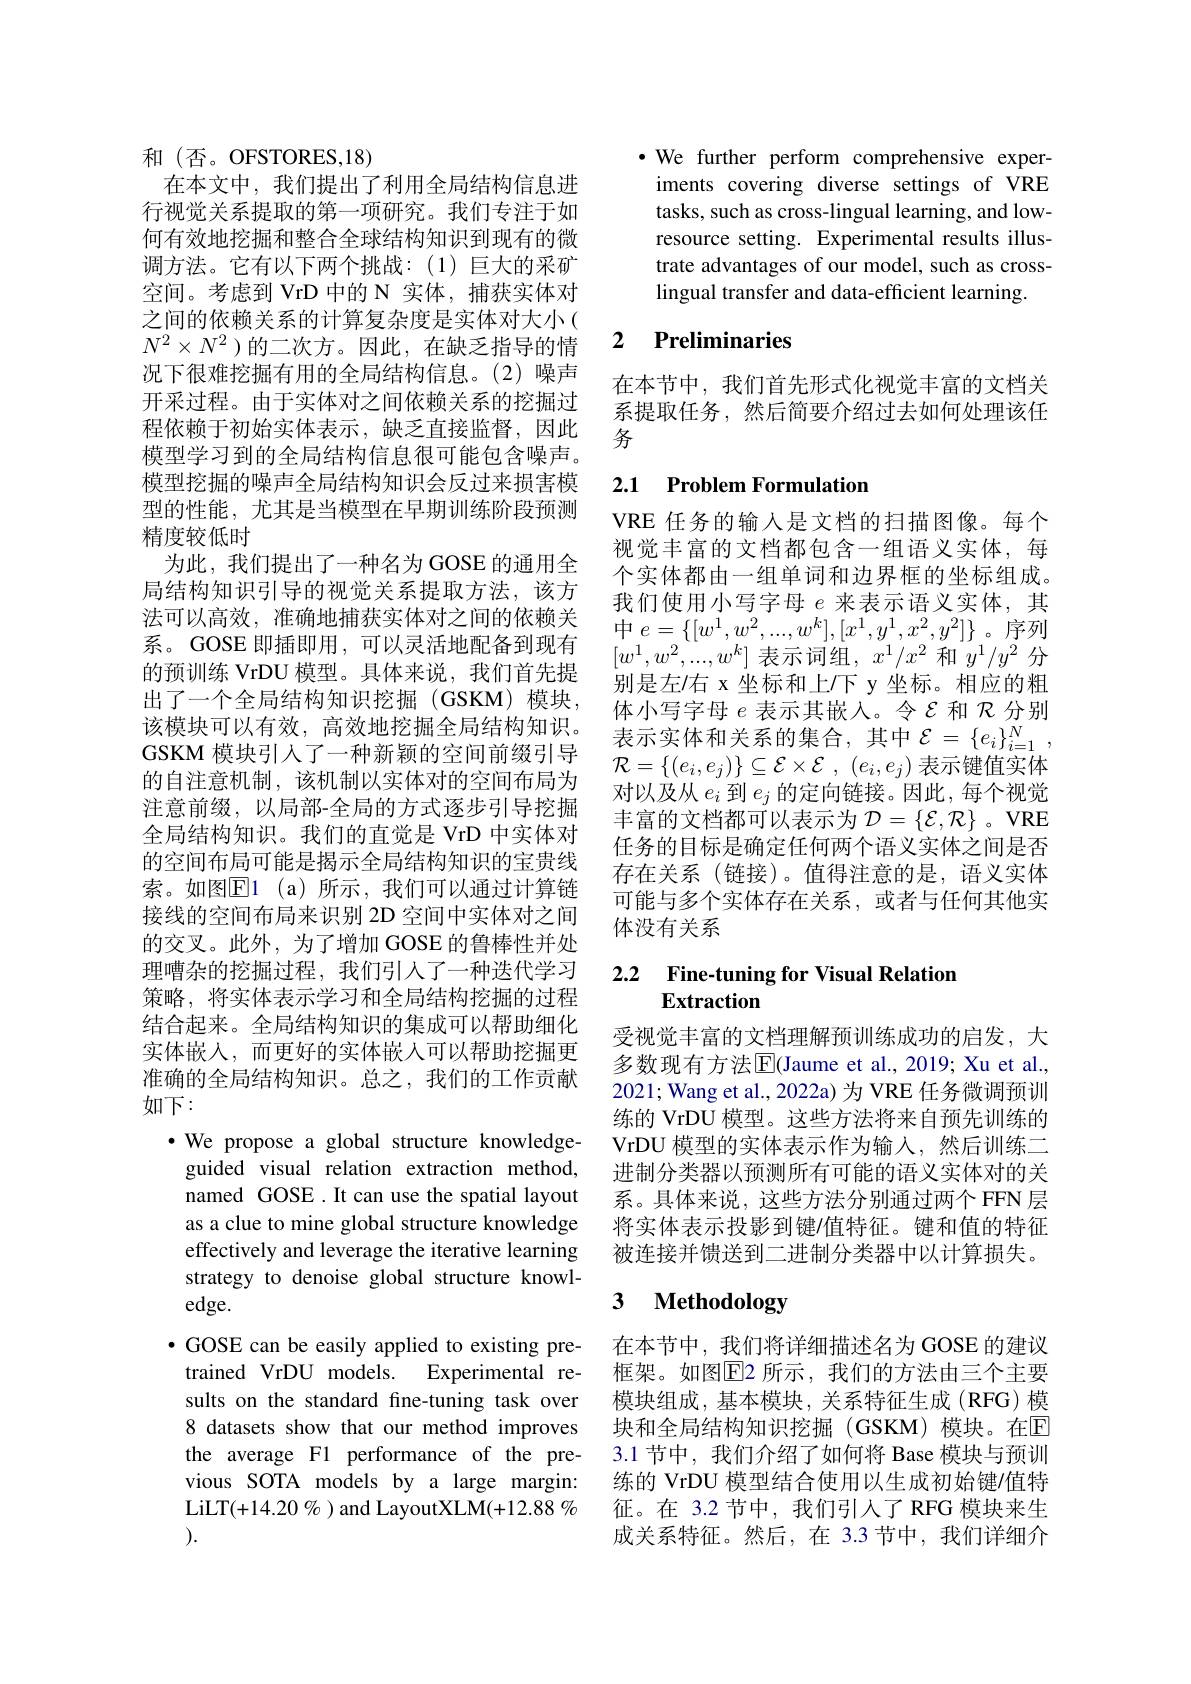
和(否。OFSTORES,18)
在本文中，我们提出了利用全局结构信息进行视觉关系提取的第一项研究。我们专注于如何有效地挖掘和整合全球结构知识到现有的微调方法。它有以下两个挑战：(1)巨大的采矿空间。考虑到 VrD 中的 N 实体，捕获实体对之间的依赖关系的计算复杂度是实体对大小( $N^2\times N^2$)的二次方。因此，在缺乏指导的情况下很难挖掘有用的全局结构信息。(2)噪声开采过程。由于实体对之间依赖关系的挖掘过程依赖于初始实体表示，缺乏直接监督，因此模型学习到的全局结构信息很可能包含噪声。模型挖掘的噪声全局结构知识会反过来损害模型的性能，尤其是当模型在早期训练阶段预测精度较低时
为此，我们提出了一种名为 GOSE 的通用全局结构知识引导的视觉关系提取方法，该方法可以高效，准确地捕获实体对之间的依赖关系。GOSE 即插即用，可以灵活地配备到现有的预训练 VrDU 模型。具体来说，我们首先提出了一个全局结构知识挖掘(GSKM)模块， 该模块可以有效，高效地挖掘全局结构知识。GSKM 模块引人了一种新颖的空间前缀引导的自注意机制，该机制以实体对的空间布局为注意前缀，以局部-全局的方式逐步引导挖掘全局结构知识。我们的直觉是 VrD 中实体对的空间布局可能是揭示全局结构知识的宝贵线索。如图$\mathbb{E}$1(a)所示，我们可以通过计算链接线的空间布局来识别 2D 空间中实体对之间的交叉。此外，为了增加 GOSE 的鲁棒性并处理嘈杂的挖掘过程，我们引人了一种迭代学习策略，将实体表示学习和全局结构挖掘的过程结合起来。全局结构知识的集成可以帮助细化实体嵌入，而更好的实体嵌入可以帮助挖掘更准确的全局结构知识。总之，我们的工作贡献如下：
$\cdot$ We propose a global structure knowledgeguided visual relation extraction method, named GOSE.It can use the spatial layout as a clue to mine global structure knowledge effectively and leverage the iterative learning strategy to denoise global structure knowledge.
$\bullet$ GOSE can be easily applied to existing pretrained VrDU models. Experimental results on the standard fine-tuning task over 8 datasets show that our method improves the average F1 performance of the previous SOTA models by a large margin: LiLT(+14.20%) and LayoutXLM(+12.88% ).

·We further perform comprehensive experiments covering diverse settings of VRE tasks, such as cross-lingual learning, and lowresource setting. Experimental results illustrate advantages of our model, such as crosslingual transfer and data-efficient learning.

## 2 $\textbf{Preliminaries}$

在本节中，我们首先形式化视觉丰富的文档关系提取任务，然后简要介绍过去如何处理该任务

## 2.1 Problem Formulation

VRE 任务的输入是文档的扫描图像。每个视觉丰富的文档都包含一组语义实体，每个实体都由一组单词和边界框的坐标组成。我们使用小写字母$e$来表示语义实体，其$中$ $e= \{ [ w^{1}, w^{2}, . . . , w^{k}] , [ x^{1}, y^{1}, x^{2}, y^{2}] \}$。序列$[w^1,w^2,...,w^k]$表示词组，$x^1/x^2$和$y^1/y^2$分别是左/右 x 坐标和上/下 y 坐标。相应的粗体小写字母$e$表示其嵌入。令$\mathcal{E}$和$\mathcal{R}$分别表示实体和关系的集合，其中$\mathcal{E}=\{e_i\}_{i=1}^N$, $\mathcal{R} = \{ ( e_i, e_j) \} \subseteq \mathcal{E} \times \mathcal{E}$ , $( e_i, e_j)$表示键值实体对以及从$e_i$到$e_j$的定向链接。因此，每个视觉丰富的文档都可以表示为$\mathcal{D}=\{\mathcal{E},\mathcal{R}\}$ 。VRE 任务的目标是确定任何两个语义实体之间是否存在关系 (链接)。值得注意的是，语义实体可能与多个实体存在关系，或者与任何其他实体没有关系

## 2.2 Fine-tuning for Visual Relation Extraction

受视觉丰富的文档理解预训练成功的启发，大多数现有方法$\boxed{\mathrm{E}}$(Jaume et al., 2019; Xu et al., 2021; Wang et al., 2022a) 为 VRE 任务微调预训练的 VrDU 模型。这些方法将来自预先训练的VrDU 模型的实体表示作为输入，然后训练二进制分类器以预测所有可能的语义实体对的关系。具体来说，这些方法分别通过两个 FFN 层将实体表示投影到键$\prime$值特征。键和值的特征被连接并馈送到二进制分类器中以计算损失。

## 3 $\textbf{Methodology}$

在本节中，我们将详细描述名为 GOSE 的建议框架。如图$\overline{\mathrm{E}}$2 所示，我们的方法由三个主要模块组成，基本模块，关系特征生成(RFG)模块和全局结构知识挖掘(GSKM)模块。在$\overline{\mathrm{E}}$ 3.1 节中，我们介绍了如何将 Base 模块与预训练的 VrDU 模型结合使用以生成初始键/值特征。在 3.2 节中，我们引入了 RFG 模块来生成关系特征。然后，在 3.3 节中，我们详细介